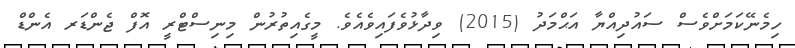
ހިމެނޭކަމަށްވެސް ސައުދިއްޔާ އަޙްމަދު (2015) ވިދާޅުވެފައިވެއެވެ. މީގެއިތުރުން މިނިސްޓްރީ އޮފް ޖެންޑަރ އެންޑް